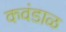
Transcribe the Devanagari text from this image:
कवंडाळ